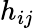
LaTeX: h_{ij}